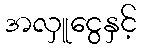
အလှူငွေနှင့်